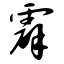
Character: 霹